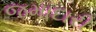
જમાદારી